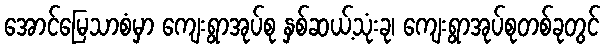
အောင်မြေသာစံမှာ ကျေးရွာအုပ်စု နှစ်ဆယ့်သုံးခု၊ ကျေးရွာအုပ်စုတစ်ခုတွင်